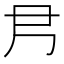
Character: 𡰴